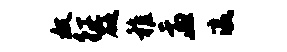
奴征砭稚盂瀛